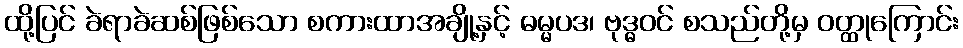
ထို့ပြင် ခဲရာခဲဆစ်ဖြစ်သော စကားထာအချို့နှင့် ဓမ္မပဒ၊ ဗုဒ္ဓဝင် စသည်တို့မှ ဝတ္ထုကြောင်း